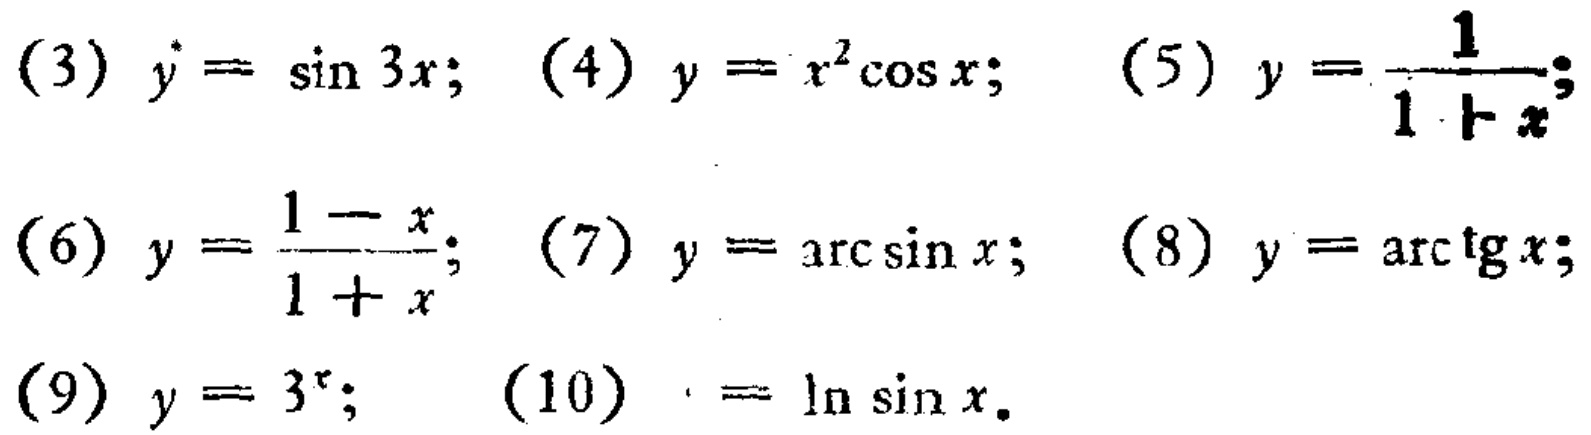
(3) \(y = \sin 3x\); (4) \(y = x^{2}\cos x\); (5) \(y = \frac{1}{1 + x}\);
(6) \(y = \frac{1 - x}{1 + x}\); (7) \(y = \arcsin x\); (8) \(y = \arctan x\);
(9) \(y = 3^{x}\); (10) \(y = \ln \sin x\).